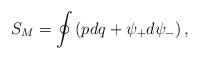
LaTeX: \begin{align*}S_M=\oint \left( p dq+\psi _{+}d\psi _{-}\right) ,\end{align*}